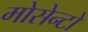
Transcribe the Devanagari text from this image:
मोसेन्टो